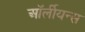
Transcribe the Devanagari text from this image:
ऑर्लीयन्स